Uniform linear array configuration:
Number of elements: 4
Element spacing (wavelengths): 0.5
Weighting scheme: blackman
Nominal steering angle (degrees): -15
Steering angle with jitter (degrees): -15.782
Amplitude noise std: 0.05
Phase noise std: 0.05

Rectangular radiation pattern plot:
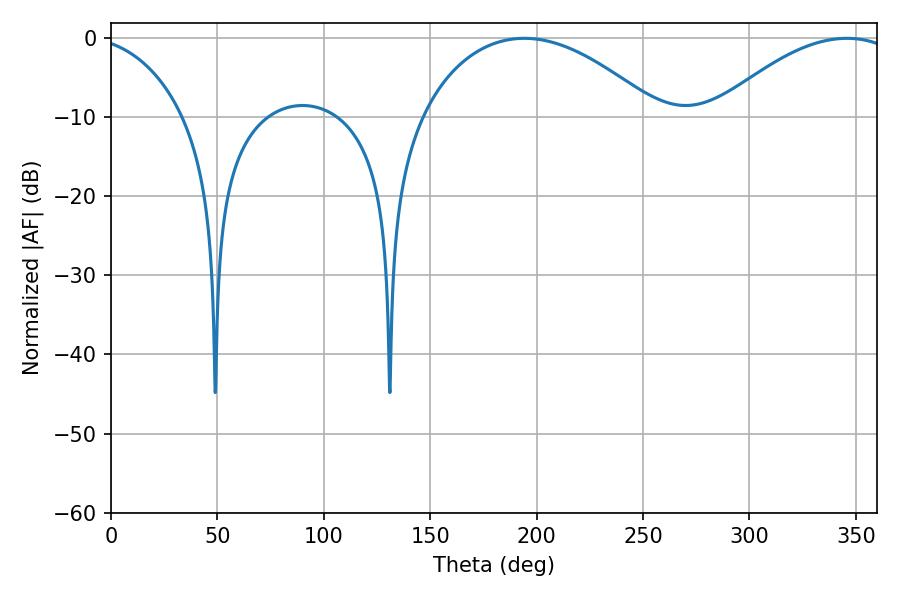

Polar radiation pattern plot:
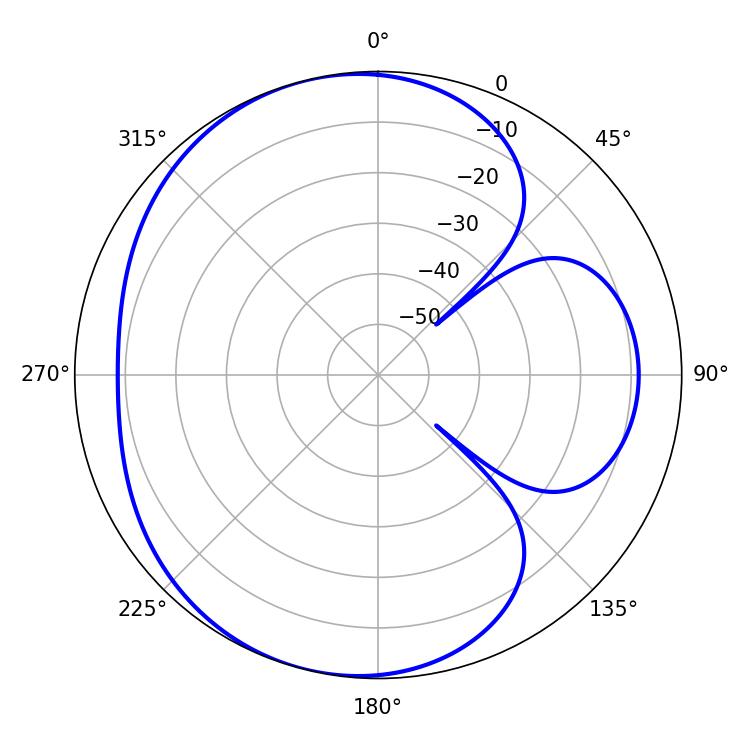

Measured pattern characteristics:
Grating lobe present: FALSE
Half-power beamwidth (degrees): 62.64
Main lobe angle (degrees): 194.22